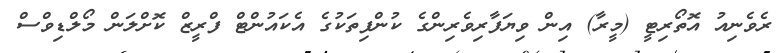
ރެވެނިއު އޮތޯރިޓީ (މީރާ) އިން ވިޔަފާރިވެރިންގެ ކުންފިތަކުގެ އެކައުންޓް ފްރީޒް ކޮށްލަން މޯލްޑިވްސް